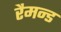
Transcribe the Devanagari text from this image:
रैमन्ड